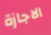
الاجازة